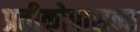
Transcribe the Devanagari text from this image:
प्रतीकोपासना